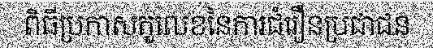
ពិធីប្រកាសតួលេខនៃការជំរឿនប្រជាជន